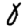
Digit: 0